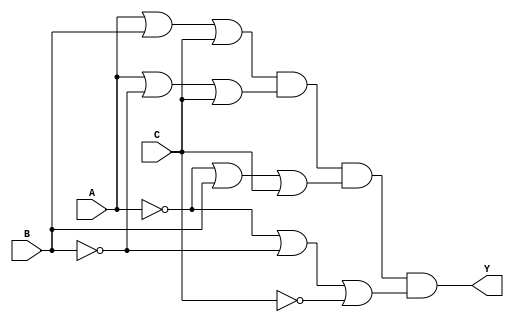
module pos_logic (
    input wire A,  // Input A
    input wire B,  // Input B
    input wire C,  // Input C
    output wire Y  // Output Y
);

// Define the sum terms based on the truth table where the output is 0
// For example, let's say the output is 0 for the following combinations:
// 1. A=0, B=0, C=0 -> Sum term: (A + B + C)
// 2. A=0, B=1, C=0 -> Sum term: (A + ~B + C)
// 3. A=1, B=0, C=0 -> Sum term: (~A + B + C)
// 4. A=1, B=1, C=1 -> Sum term: (~A + ~B + ~C)

// Constructing the sum terms
wire sum_term1; // (A + B + C)
wire sum_term2; // (A + ~B + C)
wire sum_term3; // (~A + B + C)
wire sum_term4; // (~A + ~B + ~C)

assign sum_term1 = A | B | C;          // A + B + C
assign sum_term2 = A | ~B | C;         // A + ~B + C
assign sum_term3 = ~A | B | C;         // ~A + B + C
assign sum_term4 = ~A | ~B | ~C;       // ~A + ~B + ~C

// Combine the sum terms using AND operation to form the final output
assign Y = sum_term1 & sum_term2 & sum_term3 & sum_term4;

endmodule